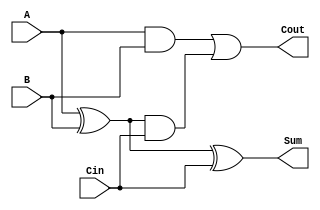
module CarryLookaheadAdder (
    input wire A,
    input wire B,
    input wire Cin,
    output wire Sum,
    output wire Cout
);

assign G = A & B;
assign P = A ^ B;

assign Sum = A ^ B ^ Cin;
assign Cout = G | (P & Cin);

endmodule